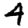
Digit: 4